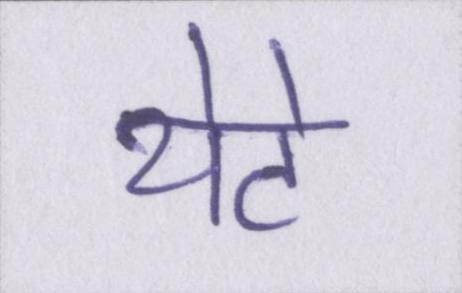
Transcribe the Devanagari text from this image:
थेटे